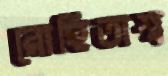
রোহিতাশ্ব